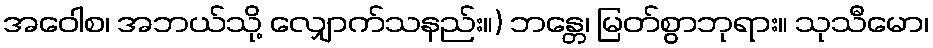
အဝေါစ၊ အဘယ်သို့ လျှောက်သနည်း။) ဘန္တေ၊ မြတ်စွာဘုရား။ သုသီမော၊